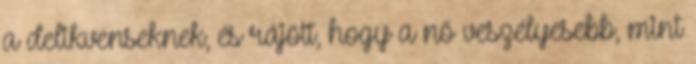
a delikvenseknek, és rájött, hogy a nő veszélyesebb, mint